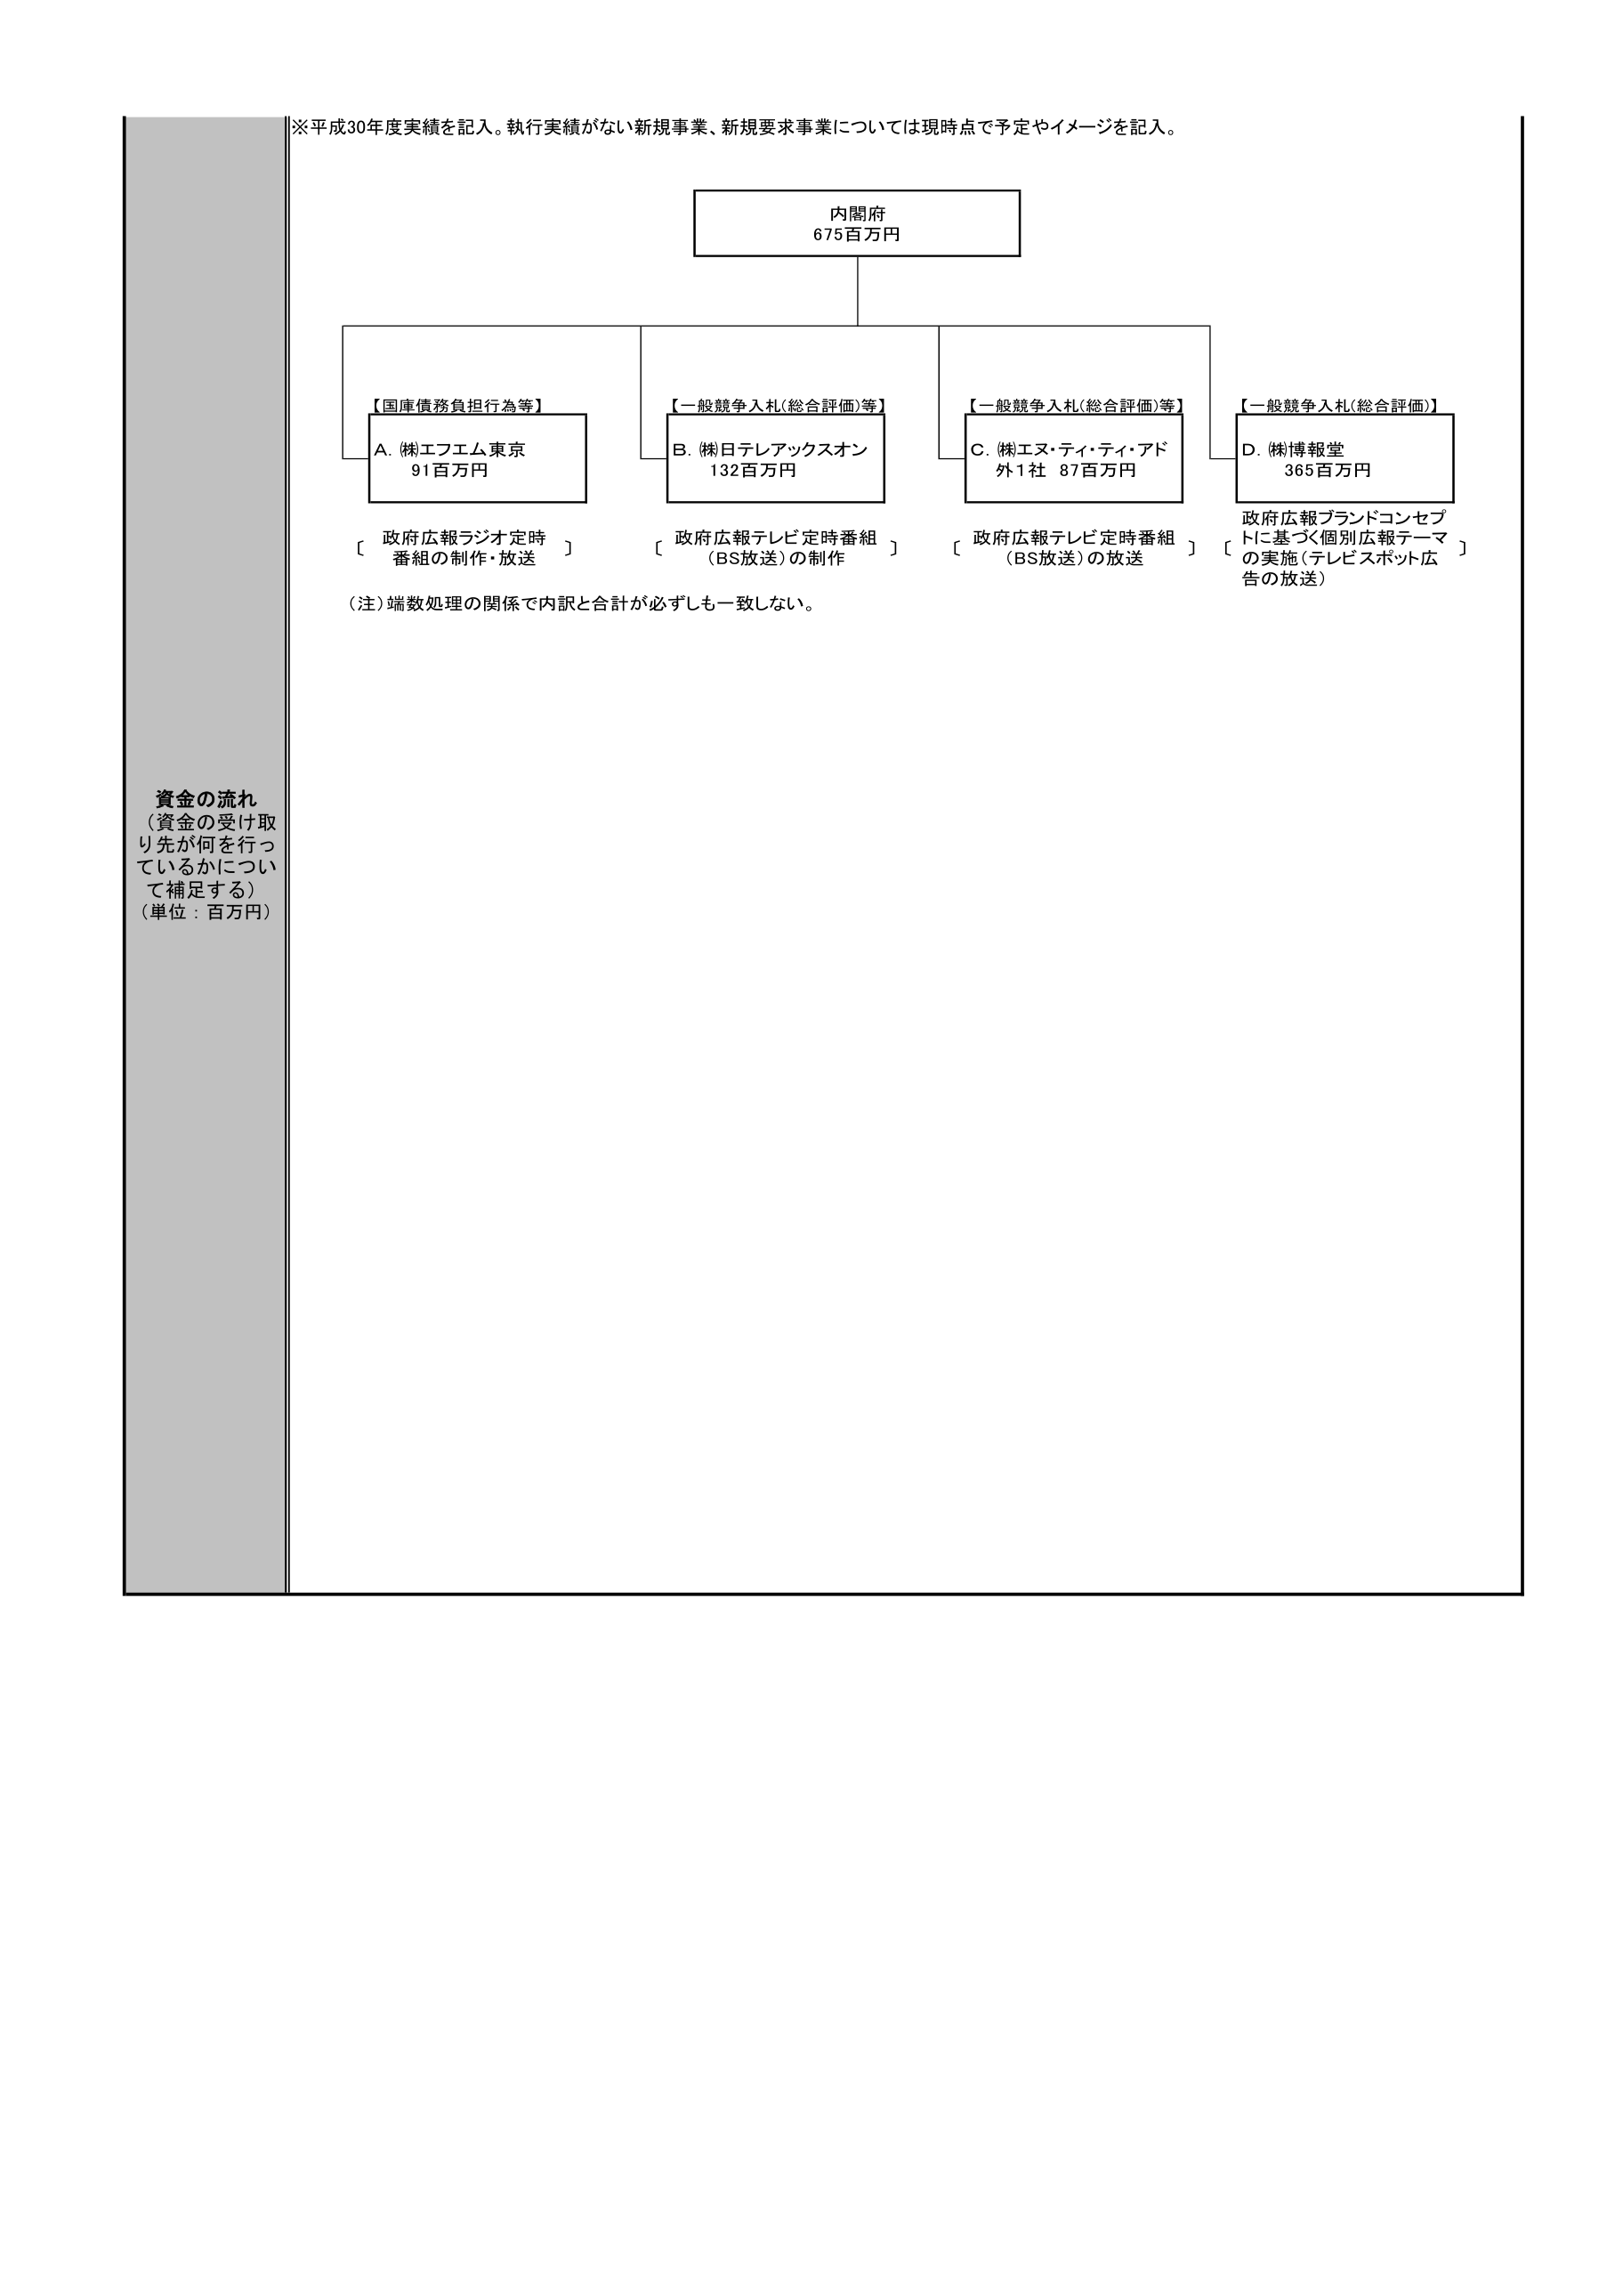
※平成30年度実績を記入。執行実績がない新規事業、新規要求事業については現時点で予定やイメージを記入。

内閣府
675百万円

【国庫債務負担行為等】
A. (株)エフエム東京
91百万円
〔 政府広報ラジオ定時番組の制作・放送 〕

【一般競争入札(総合評価)等】
B. (株)日テレアックスオン
132百万円
〔 政府広報テレビ定時番組（BS放送）の制作 〕

【一般競争入札(総合評価)等】
C. (株)エヌ・ティ・ティ・アド
外1社 87百万円
〔 政府広報テレビ定時番組（BS放送）の放送 〕

【一般競争入札(総合評価)】
D. (株)博報堂
365百万円
〔 政府広報ブランドコンセプトに基づく個別広報テーマの実施（テレビスポット広告の放送）〕

(注) 端数処理の関係で内訳と合計が必ずしも一致しない。

資金の流れ
（資金の受け取り先が何を行っているかについて補足する）
（単位：百万円）